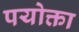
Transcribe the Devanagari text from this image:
पयोक्ता